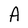
Character: A